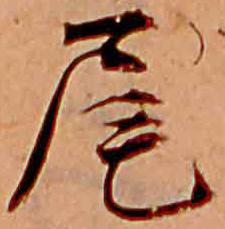
尾